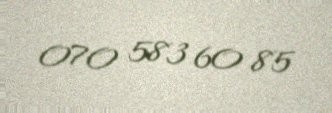
070 583 60 85